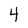
Character: 4